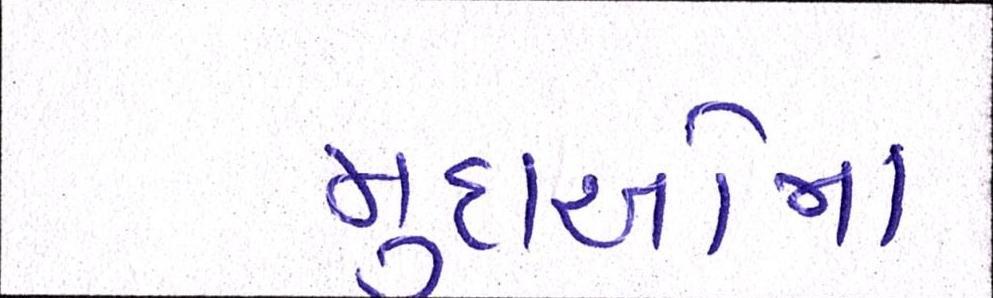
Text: મુદાઓમાં